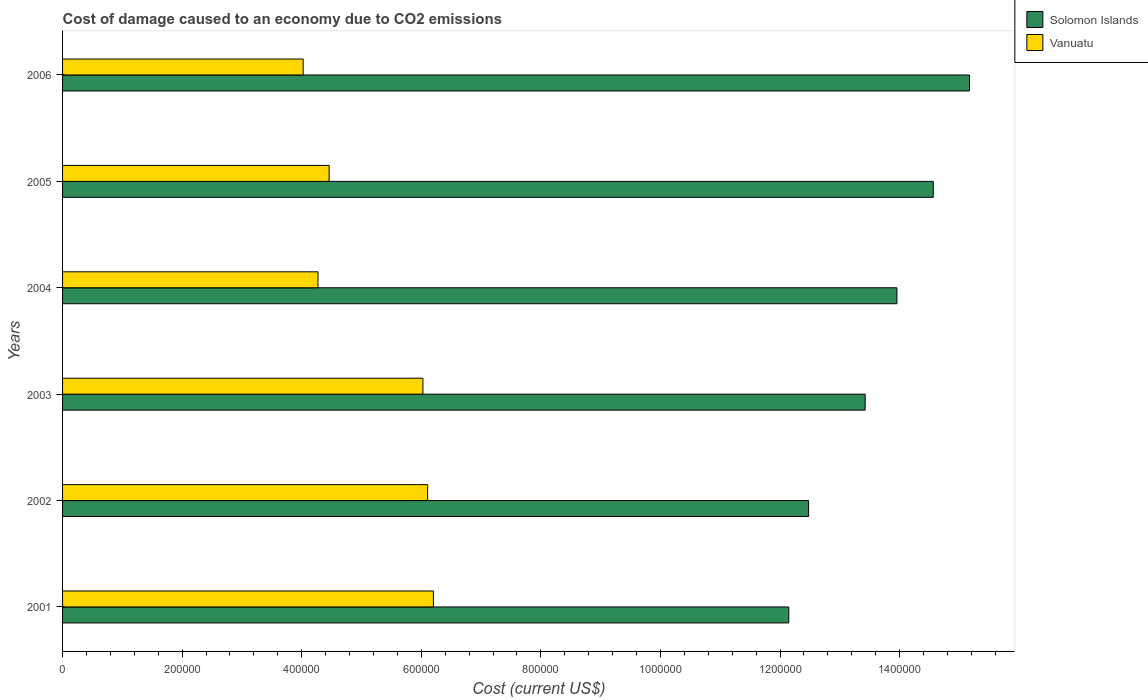
| Years | Solomon Islands | Vanuatu |
 | --- | --- | --- |
 | 2001 | 1.21e+06 | 6.2e+05 |
 | 2002 | 1.25e+06 | 6.11e+05 |
 | 2003 | 1.34e+06 | 6.03e+05 |
 | 2004 | 1.4e+06 | 4.27e+05 |
 | 2005 | 1.46e+06 | 4.46e+05 |
 | 2006 | 1.52e+06 | 4.02e+05 |